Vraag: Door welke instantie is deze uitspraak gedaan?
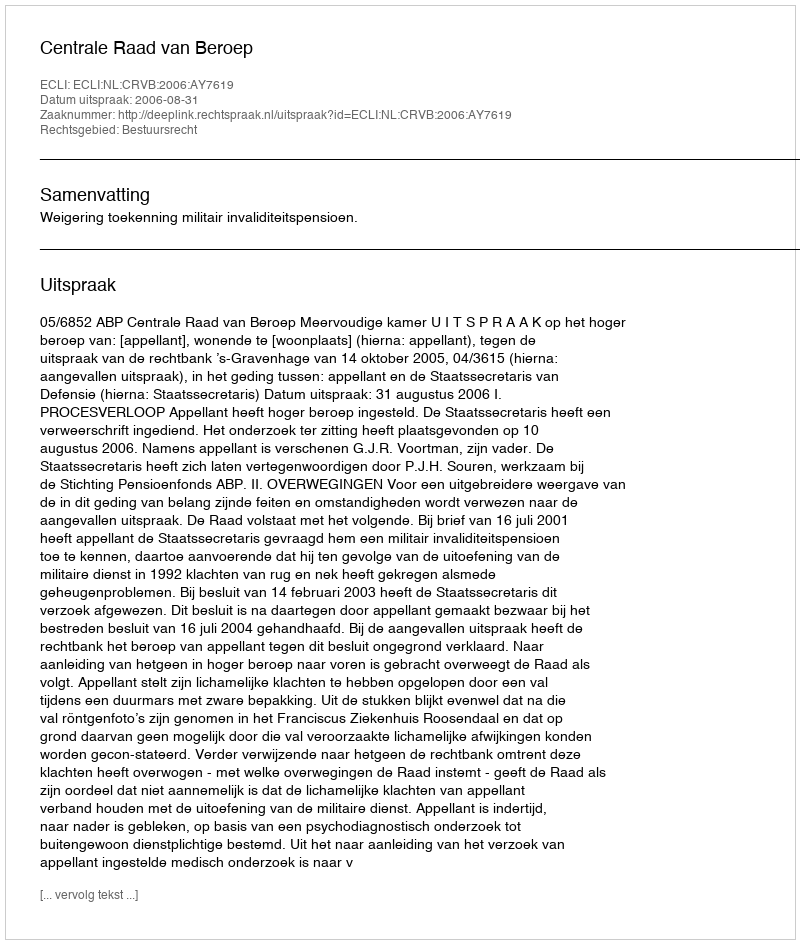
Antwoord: Centrale Raad van Beroep